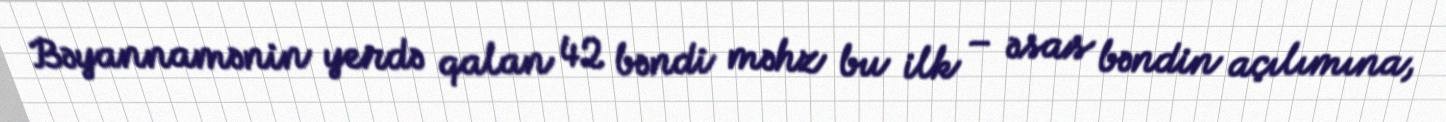
Bəyannamənin yerdə qalan 42 bəndi məhz bu ilk – əsas bəndin açılımına,